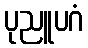
ပုညူပဂံ